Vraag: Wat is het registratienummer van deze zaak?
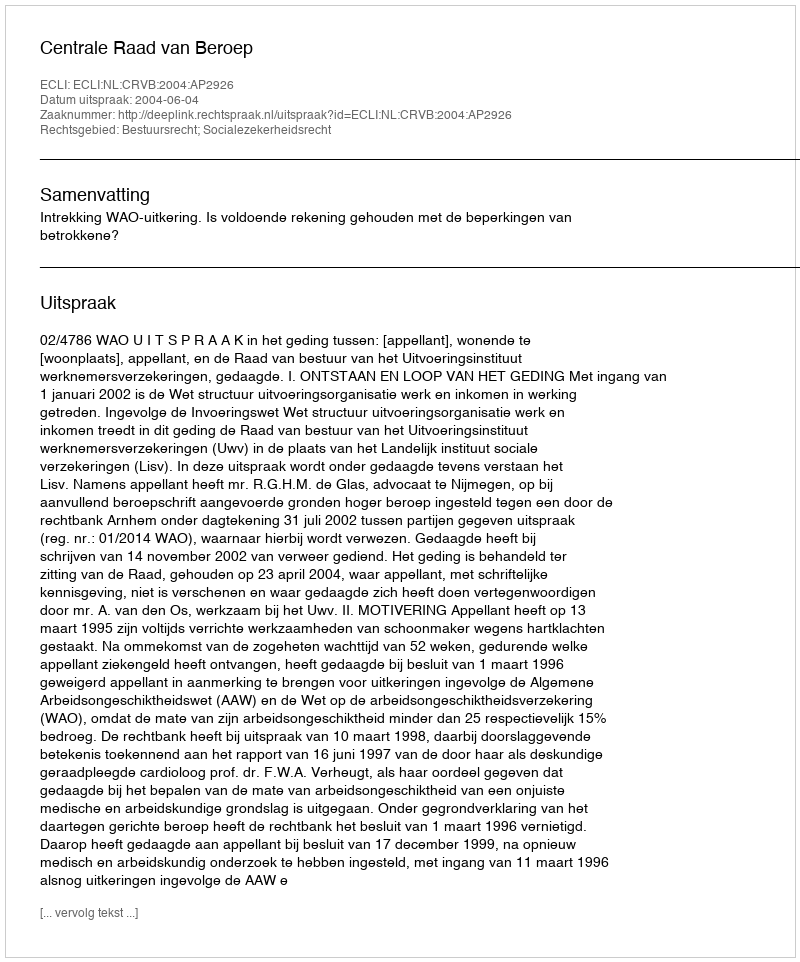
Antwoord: http://deeplink.rechtspraak.nl/uitspraak?id=ECLI:NL:CRVB:2004:AP2926